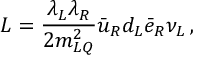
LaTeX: { \cal L } = { \frac { \lambda _ { L } \lambda _ { R } } { 2 m _ { L Q } ^ { 2 } } } \bar { u } _ { R } d _ { L } \bar { e } _ { R } \nu _ { L } \, ,